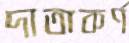
দাতাকর্ণ